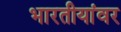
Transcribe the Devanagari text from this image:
भारतीयांवर